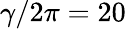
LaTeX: \gamma/2\pi=20